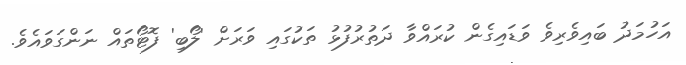
އަހުމަދު ބައިވެރިވެ ވަޑައިގެން ކުރައްވާ ދަތުރުފުޅު ތަކުގައި ވަރަށް 'ލޯބި' ފޮޓޯތައް ނަންގަވައެވެ.